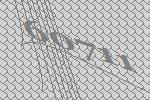
60711